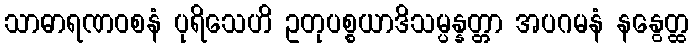
သာဓာရဏဝစနံ ပုရိသေဟိ ဥတုပစ္စယာဒိသမ္ပန္နတ္တာ အပဂမနံ နနွေတ္ထ